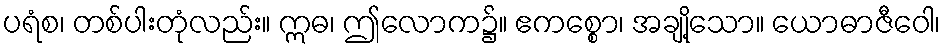
ပရံစ၊ တစ်ပါးတုံလည်း။ ဣဓ၊ ဤလောက၌။ ဧကစ္စော၊ အချို့သော။ ယောဓာဇီဝေါ၊